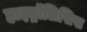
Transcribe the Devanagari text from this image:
हाइड्रॉलिसिस